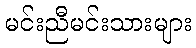
မင်းညီမင်းသားများ